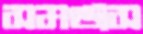
সমঞ্জস